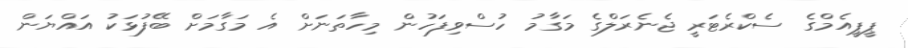
ޕީޕީއެމްގެ ސެކްރެޓަރީ ޖެނެރަލްގެ މަގާމު ހުސްވިފަހުން މިހާތަނަށް އެ މަގާމަށް ބޭފުޅަކު އައްޔަން